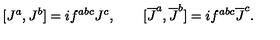
[ J ^ { a } , J ^ { b } ] = i f ^ { a b c } J ^ { c } , \qquad [ \overline { { J } } ^ { a } , \overline { { J } } ^ { b } ] = i f ^ { a b c } \overline { { J } } ^ { c } .